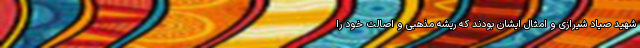
شهید صیاد شیرازی و امثال ایشان بودند که ریشه مذهبی و اصالت خود را